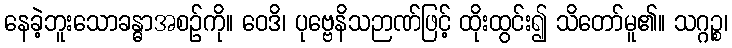
နေခဲ့ဘူးသောခန္ဓာအစဉ်ကို။ ဝေဒိ၊ ပုဗ္ဗေနိသဉာဏ်ဖြင့် ထိုးထွင်း၍ သိတော်မူ၏။ သဂ္ဂဉ္စ၊